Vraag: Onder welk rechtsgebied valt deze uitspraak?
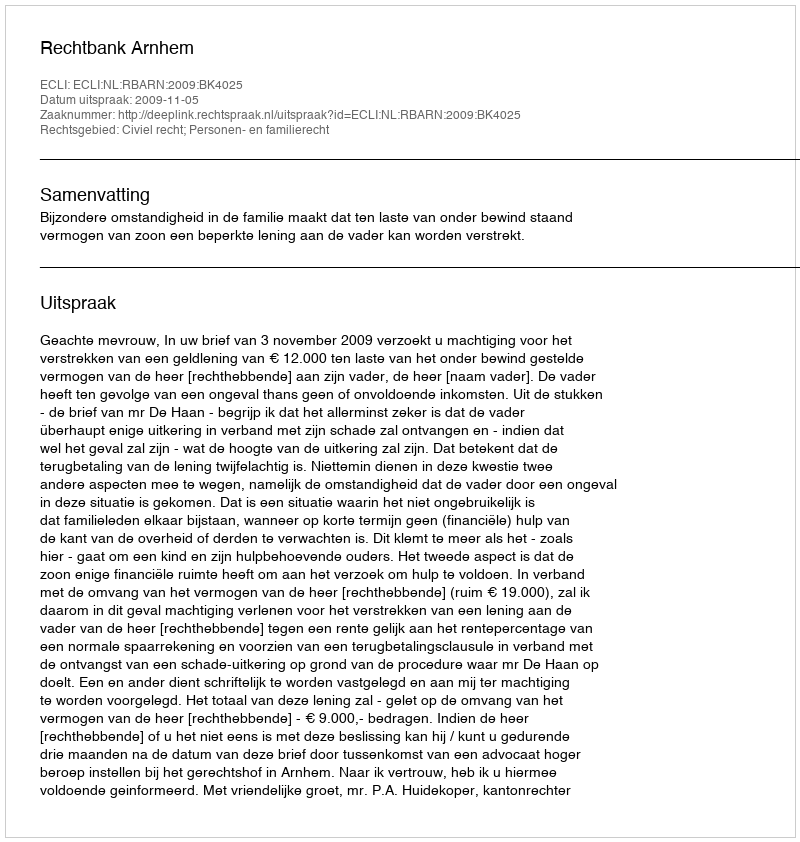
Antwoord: Civiel recht; Personen- en familierecht